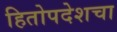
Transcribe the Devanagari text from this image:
हितोपदेशचा